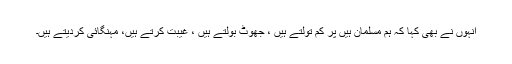
انہوں نے بھی کہا کہ ہم مسلمان ہیں پر کم تولتے ہیں ، جھوٹ بولتے ہیں ، غیبت کرتے ہیں، مہنگائی کردیتے ہیں۔